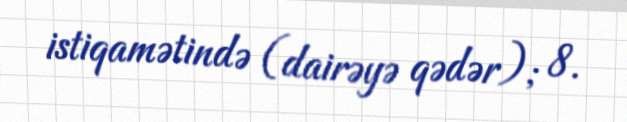
istiqamətində (dairəyə qədər); 8.